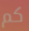
كم